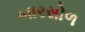
બારસોળ